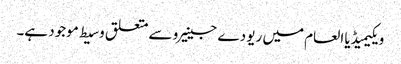
ویکیمیڈیا العام میں ریو دے جینیرو سے متعلق وسیط موجود ہے۔